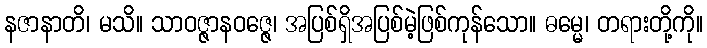
နဇာနာတိ၊ မသိ။ သာဝဇ္ဇာနဝဇ္ဇေ၊ အပြစ်ရှိအပြစ်မဲ့ဖြစ်ကုန်သော။ ဓမ္မေ၊ တရားတို့ကို။